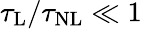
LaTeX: \tau_{\mathrm{L}}/\tau_{\mathrm{NL}}\ll 1